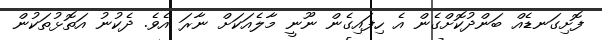
ފޮށިގަނޑެއް ބަންދުކޮށްގެން އެ ހިފައިގެން ނޫނީ މާލެއަކަށް ނާރަ އެވެ. ދެކުނު އަތޮޅުތަކުން